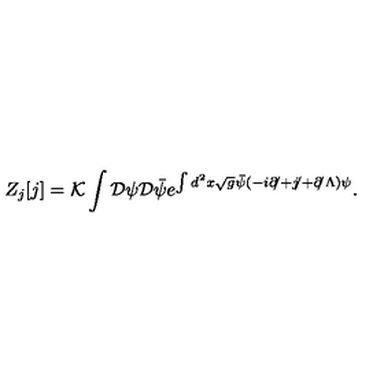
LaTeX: Z _ { j } [ j ] = { \cal K } \int { \cal D } \psi { \cal D } \bar { \psi } e ^ { \int d ^ { 2 } x \sqrt { g } \bar { \psi } ( - i { \partial \! \! / } + { j \! \! / } + { \partial \! \! / \Lambda } ) \psi } .